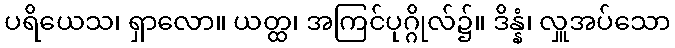
ပရိယေသ၊ ရှာလော။ ယတ္ထ၊ အကြင်ပုဂ္ဂိုလ်၌။ ဒိန္နံ၊ လှူအပ်သော